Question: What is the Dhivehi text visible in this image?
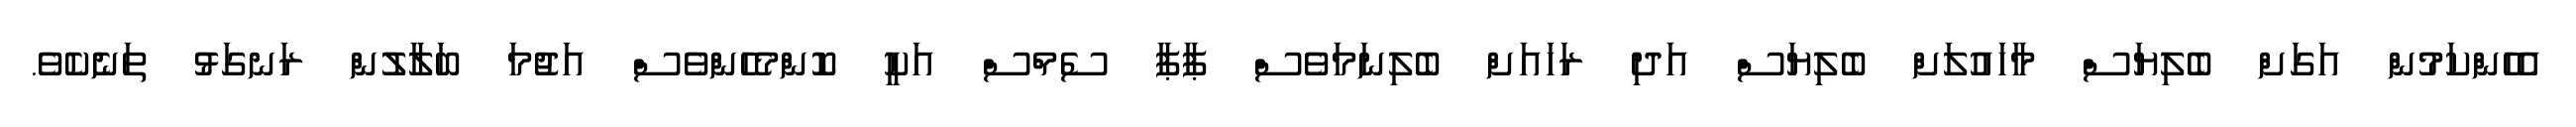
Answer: އެހެންކަމުން އަގަށް ބެލިޔަސް މާހައުލަށް ބެލިޔަސް އަދި ރަހައަށް ބެލިނަމަވެސް ޕާޕާ ސެމްސް އަކީ ކޮންމެހެންވެސް އަޖުމަ ބަލާލުން ރަނގަޅު ތަނެކެވެ.